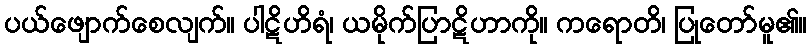
ပယ်ဖျောက်စေလျက်။ ပါဋိဟိရံ၊ ယမိုက်ပြာဋိဟာကို။ ကရောတိ၊ ပြုတော်မူ၏။